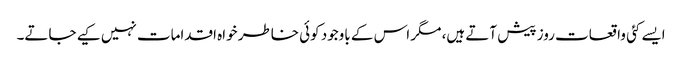
ایسے کئی واقعات روز پیش آتے ہیں، مگر اس کے باوجود کوئی خاطر خواہ اقدامات نہیں کیے جاتے۔